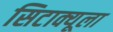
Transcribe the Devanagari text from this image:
सिटाक्यूला